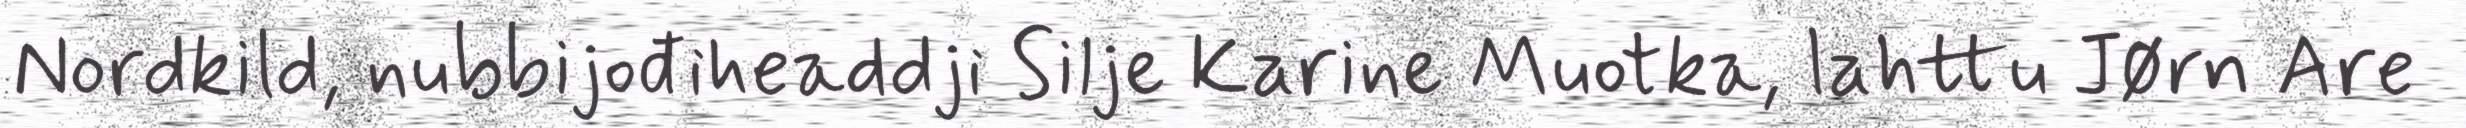
Nordkild, nubbijođiheaddji Silje Karine Muotka, lahttu Jørn Are